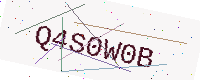
Text: Q4S0W0B